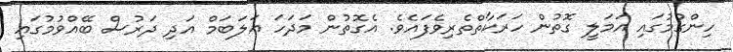
ހިންގުމުގައި އަމަލީ ގޮތުން ހަރަކާތްތެރިވެފައެވެ. އެގޮތުން މަދަހަ ޢަލަބަމް އަދި ދަރުސް ބޭއްވުމުގައި